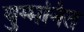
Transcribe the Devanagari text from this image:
युग्‍मनित